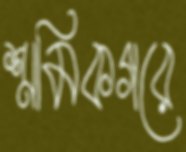
শ্রমিকগরে